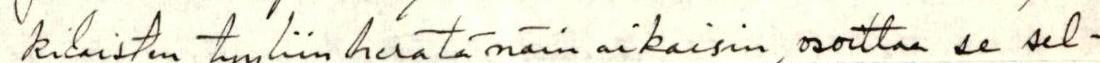
kilaisten tyyliin herätä näin aikaisin, osoittaa se sel-